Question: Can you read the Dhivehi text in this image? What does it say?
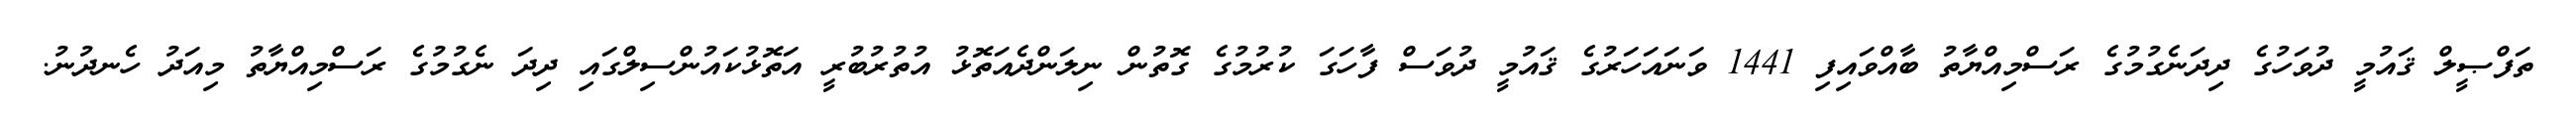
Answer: ތަފްޞީލް ޤައުމީ ދުވަހުގެ ދިދަނެގުމުގެ ރަސްމިއްޔާތު ބާއްވައިފި 1441 ވަނައަހަރުގެ ޤައުމީ ދުވަސް ފާހަގަ ކުރުމުގެ ގޮތުން ނިލަންދެއަތޮޅު އުތުރުބުރީ އަތޮޅުކައުންސިލްގައި ދިދަ ނެގުމުގެ ރަސްމިއްޔާތު މިއަދު ހެނދުނު.